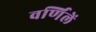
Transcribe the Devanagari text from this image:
वर्णिलें